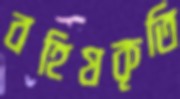
বহিষকৃতি